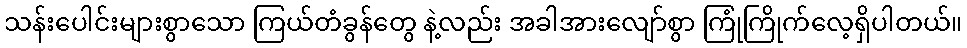
သန်းပေါင်းများစွာသော ကြယ်တံခွန်တွေ နဲ့လည်း အခါအားလျော်စွာ ကြုံကြိုက်လေ့ရှိပါတယ်။